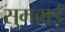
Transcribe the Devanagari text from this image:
सुमब्राई